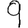
Digit: 9